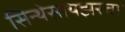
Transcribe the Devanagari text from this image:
सिन्थेसायझरचा